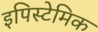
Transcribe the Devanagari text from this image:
इपिस्टेमिक